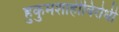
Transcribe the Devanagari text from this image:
हुकुमशाहीविरोधी